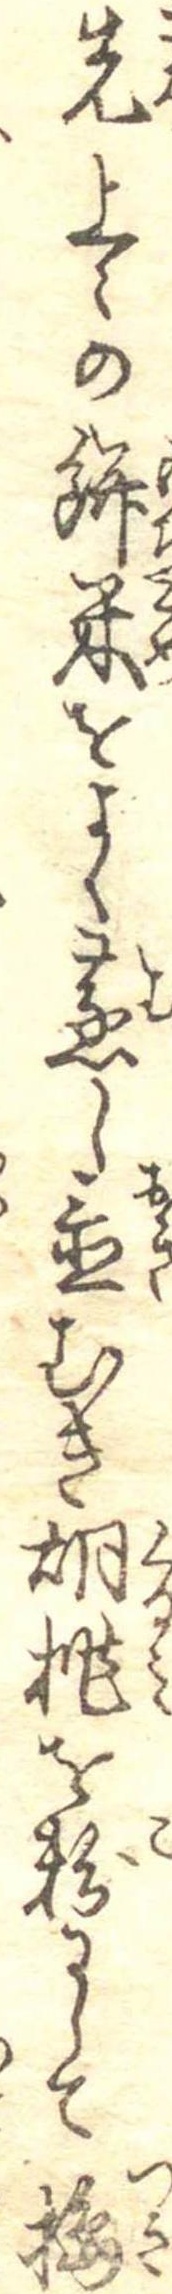
先上々の餅米をよく蒸し置むき胡桃を粉にして搗